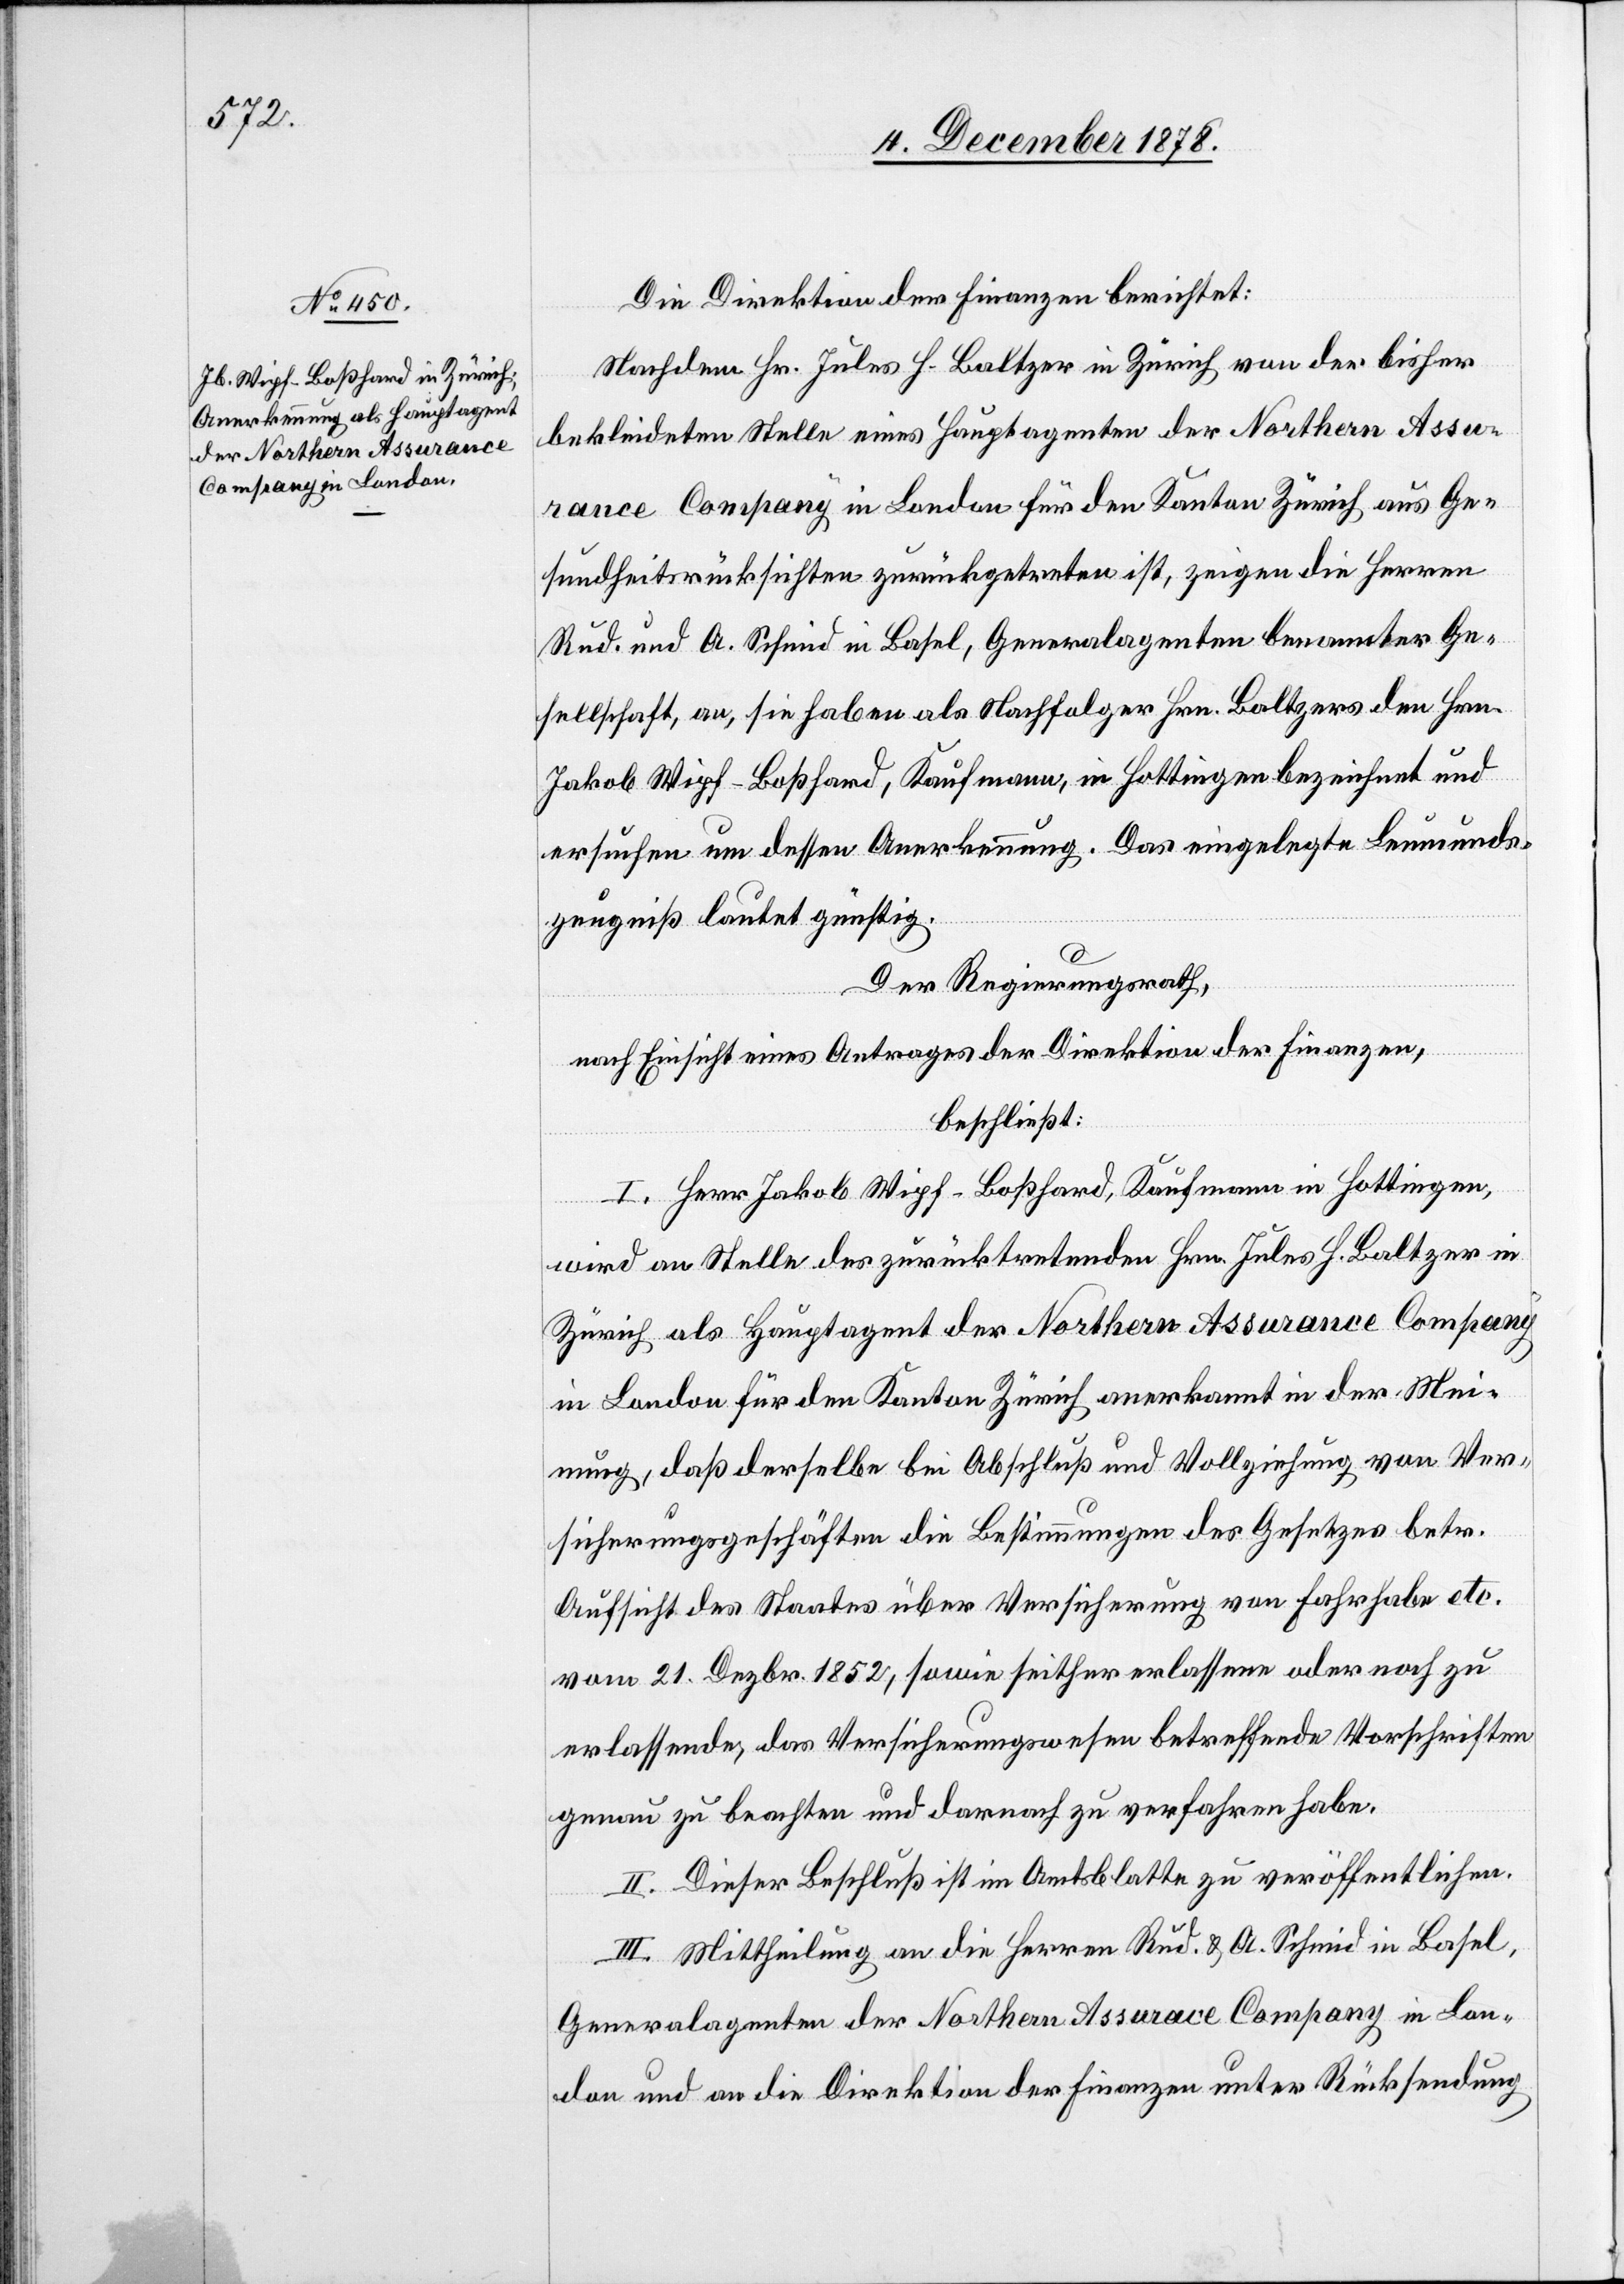
Die Direktion der Finanzen berichtet:
Nachdem Hr. Jules H. Baltzer in Zürich von der bisher
bekleideten Stelle eines Hauptagenten der Northern Assu¬
rance Company in London für den Kanton Zürich aus Ge¬
sundheitsrücksichten zurückgetreten ist, zeigen die Herren
Rud. und A. Schmid in Basel, Generalagenten benannter Ge¬
sellschaft, an, sie haben als Nachfolger Hrn. Baltzers den Hrn.
Jakob Wipf-Boßhard, Kaufmann, in Hottingen bezeichnet und
ersuchen um dessen Anerkennung. Das eingelegte Leumunds¬
zeugniß lautet günstig.
Der Regierungsrath,
nach Einsicht eines Antrages der Direktion der Finanzen,
beschließt:
I. Herr Jakob Wipf-Boßhard, Kaufmann in Hottingen,
wird an Stelle des zurücktretenden Hrn. Jules H. Baltzer in
Zürich als Hauptagent der Northern Assurance Company
in London für den Kanton Zürich anerkannt in der Mei¬
nung, daß derselbe bei Abschluß und Vollziehung von Ver¬
sicherungsgeschäften die Bestimmungen des Gesetzes betr.
Aufsicht des Staates über Versicherung von Fahrhabe etc.
vom 21. Dezbr. 1852, sowie seither erlassene oder noch zu
erlassende, das Versicherungswesen betreffende Vorschriften
genau zu beachten und darnach zu verfahren habe.
II. Dieser Beschluß ist im Amtsblatte zu veröffentlichen.
III. Mittheilung an die Herren Rud. & A. Schmid in Basel,
Generalagenten der Northern Assurance Company in Lon¬
don und an die Direktion der Finanzen unter Rücksendung